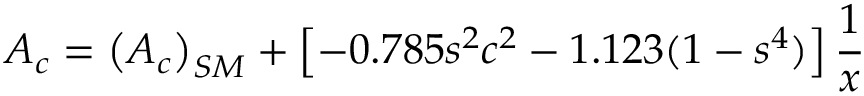
{ \cal A } _ { c } = \left( { \cal A } _ { c } \right) _ { S M } + \left[ - 0 . 7 8 5 s ^ { 2 } c ^ { 2 } - 1 . 1 2 3 ( 1 - s ^ { 4 } ) \right] { \frac { 1 } { x } }